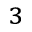
^ { 3 }